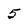
Character: 5